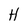
Character: H